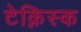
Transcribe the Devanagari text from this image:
टेक्निस्क